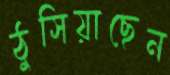
ঠুসিয়াছেন